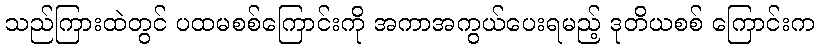
သည်ကြားထဲတွင် ပထမစစ်ကြောင်းကို အကာအကွယ်ပေးရမည့် ဒုတိယစစ် ကြောင်းက